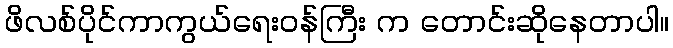
ဖိလစ်ပိုင်ကာကွယ်ရေးဝန်ကြီး က တောင်းဆိုနေတာပါ။